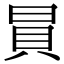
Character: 𧴴